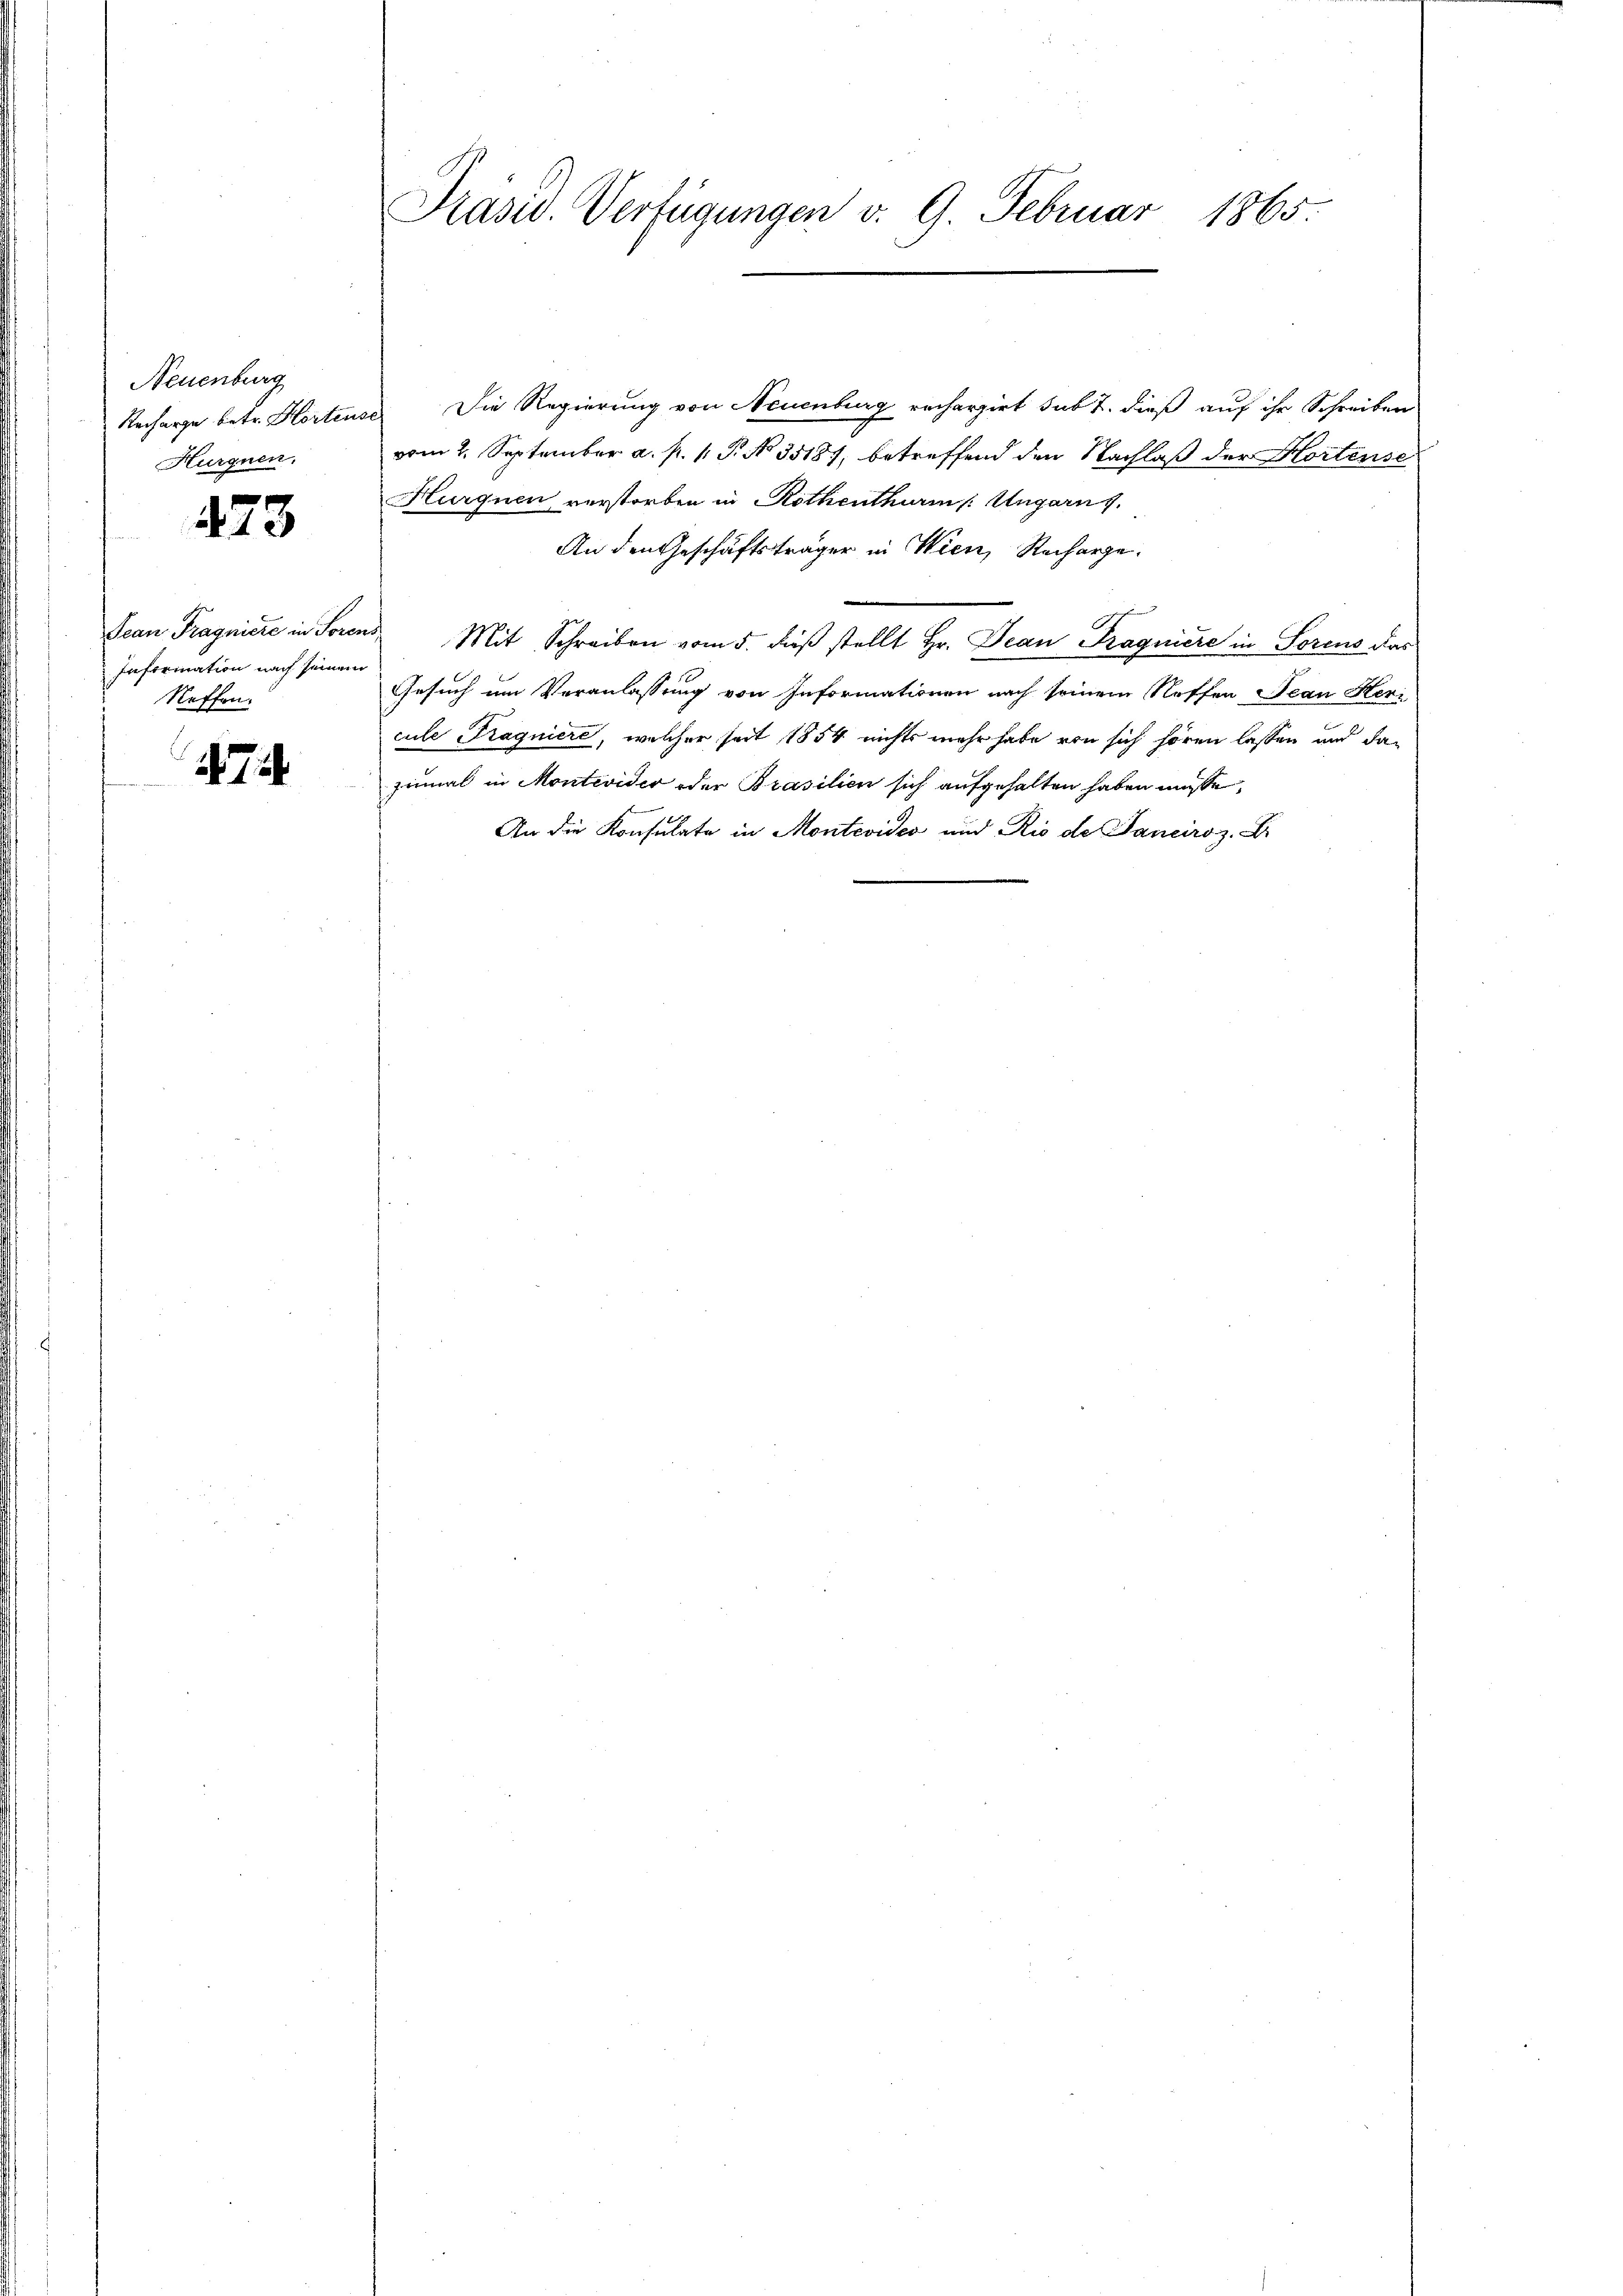
Neuenburg
Recharge betr. Hortens
Hurgnen.

473

Jean Pragniere in Foren
Information nach seinen
Neffen.

7

Präsid. Verfügungen v. 9. Februar 1865.

Die Regierung von Neuenburg rechargirt sub t. dieß auf ihr Schreiben
vom 2. September a. p. 1. P. No. 35187, betreffend den Nachlaß der Hortense
Hurgnen verstorben in Rothenthurm /: Ungarn.
An den Geschäftsträger in Wien, Recharge.
Mit Schreiben vom 5. Fŭβ stellt Hr. Jean Fragniere in Sorens das
Gesuch um Veranlassung von Informationen nach seinem Neffen Jean Heri
cule Tragniere, welcher seit 1854 nichts mehr habe von sich hören lassen und daprimal in Montevider oder Brasilien sich aufgehalten haben müsse,
An die Konsulate in Montevideo und Rio de Janeiroz. D